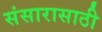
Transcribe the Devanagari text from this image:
संसारासाठी